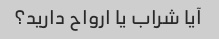
آیا شراب یا ارواح دارید؟